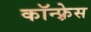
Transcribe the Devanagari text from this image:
कॉन्फ़्रेस